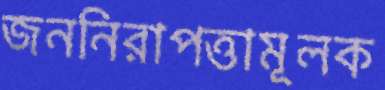
জননিরাপত্তামূলক